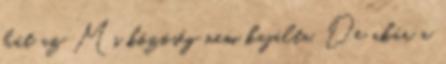
hát az Ms közöség nem kajálta. De akár a